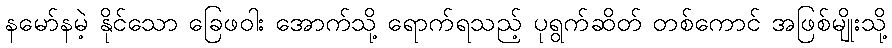
နမော်နမဲ့ နိုင်သော ခြေဖဝါး အောက်သို့ ရောက်ရသည့် ပုရွက်ဆိတ် တစ်ကောင် အဖြစ်မျိုးသို့